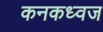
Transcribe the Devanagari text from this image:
कनकध्वज